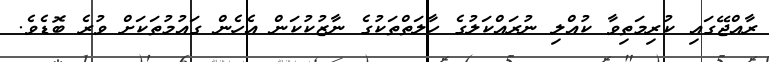
ރާއްޖޭގައި ކުރިމަތިވާ ކުއްލި ނުރައްކަލުގެ ހާލަތްތަކުގެ ނާޒުކުކަން އެހެން ގައުމުތަކަށް ވުރެ ބޮޑެވެ.